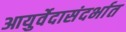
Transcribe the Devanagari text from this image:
आयुर्वेदासंदर्भात